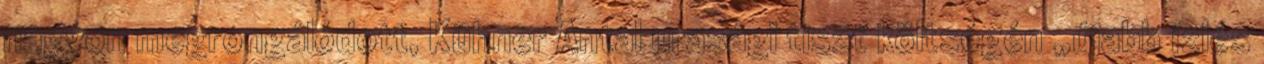
nagyon megrongálódott, Kühner Antal urasági tiszt költségén „újabb ízlés